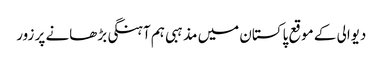
دیوالی کے موقع پاکستان میں مذہبی ہم آہنگی بڑھانے پر زور